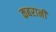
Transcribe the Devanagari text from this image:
कबरानी